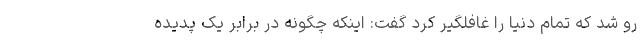
رو شد که تمام دنیا را غافلگیر کرد گفت: اینکه چگونه در برابر یک پدیده